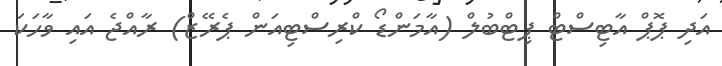
އަދި ޕޮޕް އާޓިސްޓް ޕިޓްބުލް (އާމަންޑޯ ކްރިސްޓިއަން ޕެރޭޒް) ރާއްޖެ އައި ވާހަކަ